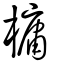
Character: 槦